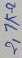
Text: 2,7KΩ